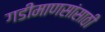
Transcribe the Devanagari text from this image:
गडीमाणसांसाठी